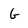
Character: G